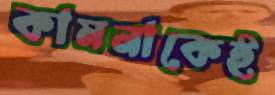
কামনাকেই